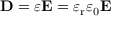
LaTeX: \mathbf { D } = \varepsilon \mathbf { E } = \varepsilon _ { \mathrm { r } } \varepsilon _ { 0 } \mathbf { E }